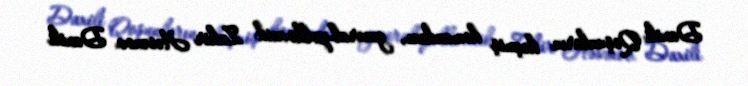
Daxili Qoşunların keçmiş komandanı, general-polkovnik Zakir Həsənov Daxili